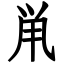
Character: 鼡